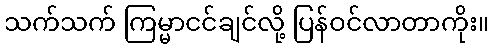
သက်သက် ကြမ္မာငင်ချင်လို့ ပြန်ဝင်လာတာကိုး။